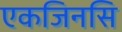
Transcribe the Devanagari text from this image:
एकजिनसि